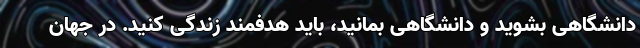
دانشگاهی بشوید و دانشگاهی بمانید، باید هدفمند زندگی کنید. در جهان